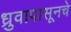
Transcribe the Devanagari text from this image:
ध्रुवापासूनचे